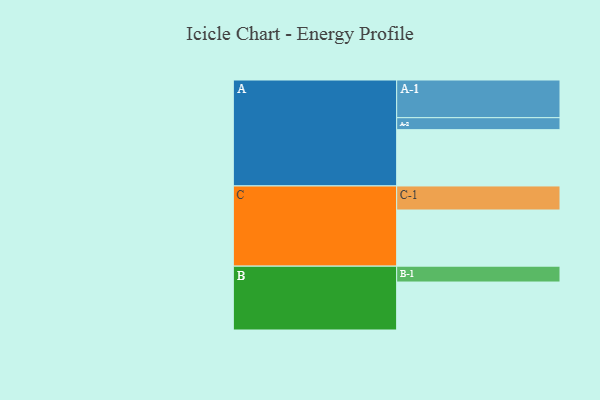
{"axis": {"x": "Segment", "y": "Value"}, "legend": ["", "A", "B", "C"], "data": [{"x": "A", "y": 433, "type": ""}, {"x": "B", "y": 369, "type": ""}, {"x": "C", "y": 432, "type": ""}, {"x": "A-1", "y": 290, "type": "A"}, {"x": "A-2", "y": 92, "type": "A"}, {"x": "B-1", "y": 122, "type": "B"}, {"x": "C-1", "y": 185, "type": "C"}]}